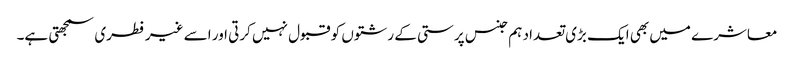
معاشرے میں بھی ایک بڑی تعداد ہم جنس پرستی کے رشتوں کو قبول نہیں کرتی اور اسے غیر فطری سمجھتی ہے۔